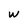
Character: w